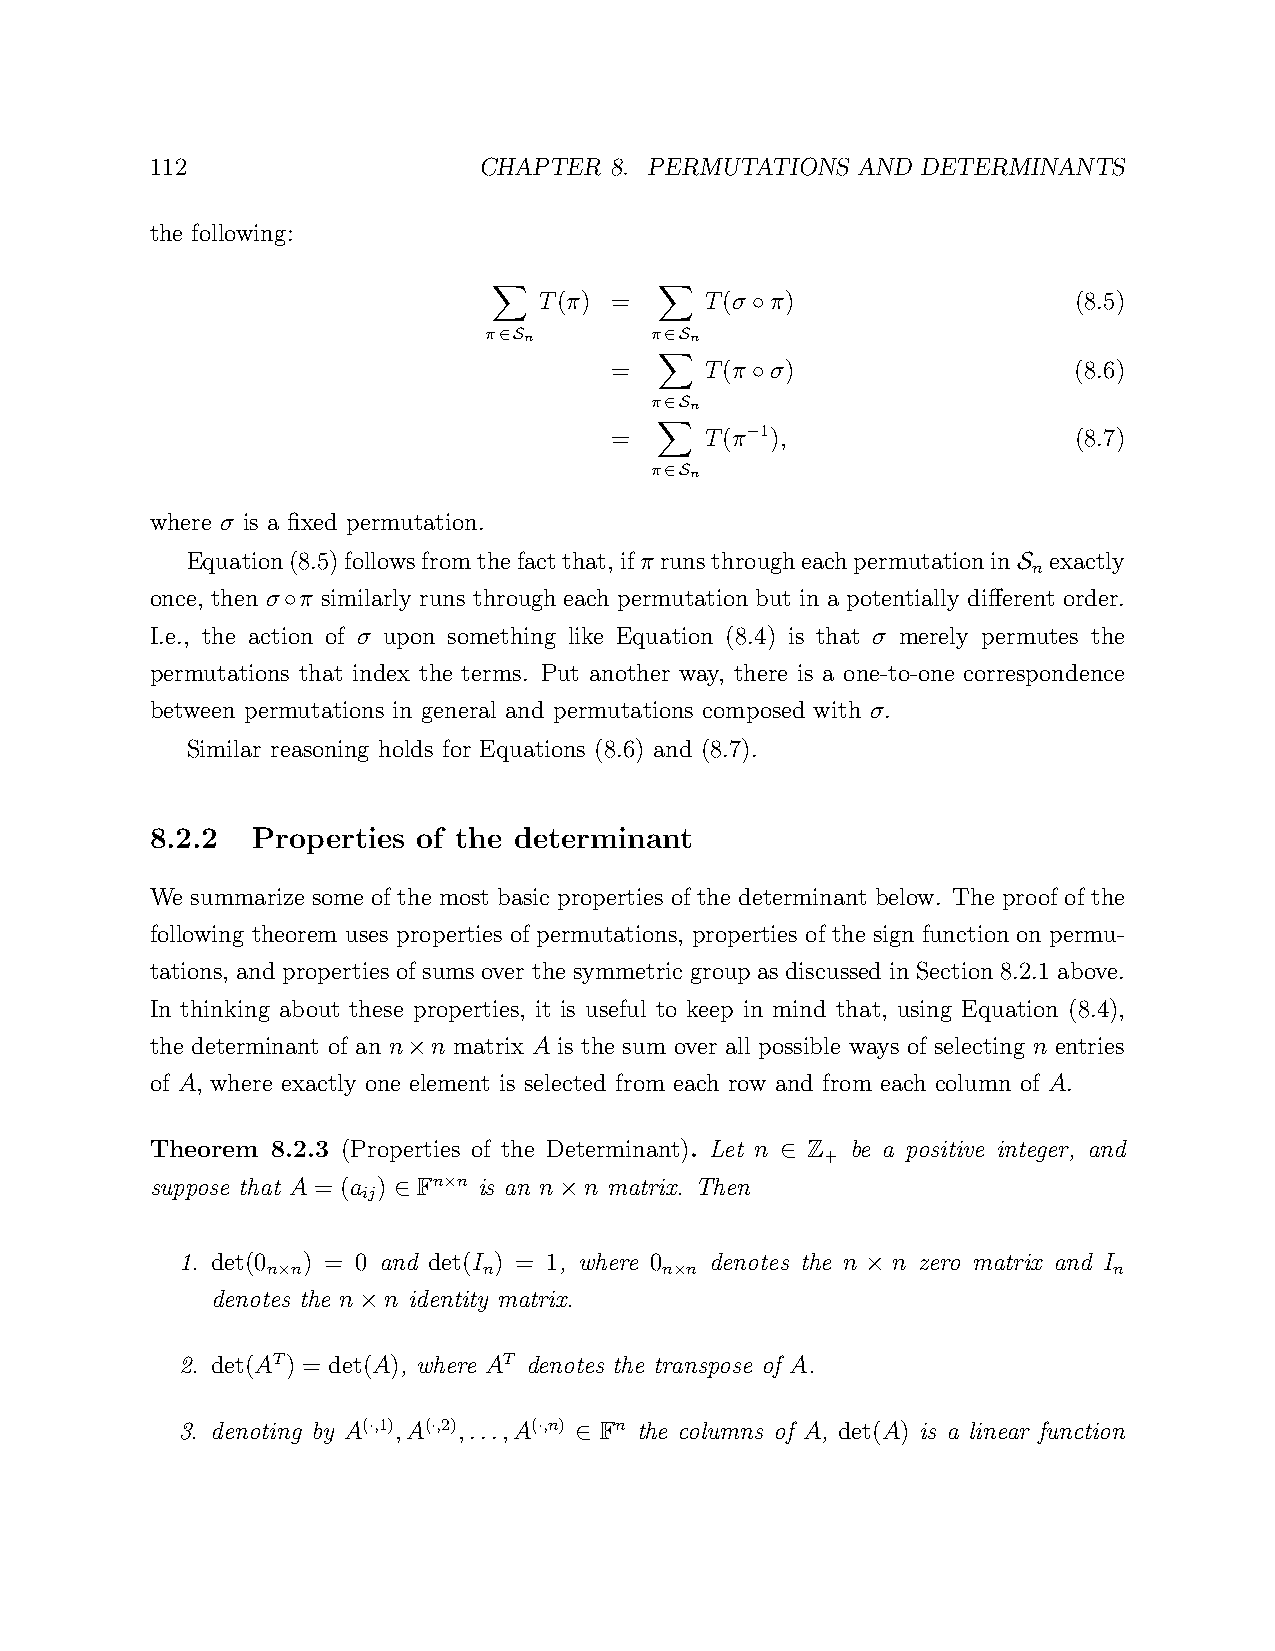
112                   CHAPTER 8. PERMUTATIONS  AND DETERMINANTS
 the following:
 T(π) =     T(σ π)                  (8.5)
 ◦
 π  n       π  n
 X∈S        X∈S
 =      T(π σ)                  (8.6)
 ◦
 π X∈Sn
 =      T(π 1),                 (8.7)
 −
 π X∈Sn
 where σ is a fixed permutation.
 Equation(8.5)followsfromthefactthat,ifπ runsthrougheachpermutationin exactly
 n
 S
 once, then σ π similarly runs through each permutation but in a potentially different order.
 ◦
 I.e., the action of σ upon something like Equation (8.4) is that σ merely permutes the
 permutations that index the terms. Put another way, there is a one-to-one correspondence
 between permutations in general and permutations composed with σ.
 Similar reasoning holds for Equations (8.6) and (8.7).
 8.2.2  Properties of the determinant
 We summarize some of the most basic properties of the determinant below. The proof of the
 following theorem uses properties of permutations, properties of the sign function on permu-
 tations, and properties of sums over the symmetric group as discussed in Section 8.2.1 above.
 In thinking about these properties, it is useful to keep in mind that, using Equation (8.4),
 the determinant of an n n matrix A is the sum over all possible ways of selecting n entries
 ×
 of A, where exactly one element is selected from each row and from each column of A.
 Theorem 8.2.3 (Properties of the Determinant). Let n Z be a positive integer, and
 +
 ∈
 suppose that A = (a ) Fn n is an n n matrix. Then
 ij   ×
 ∈          ×
 1. det(0 ) = 0 and det(I ) = 1, where 0 denotes the n n zero matrix and I
 n n           n           n n                           n
 ×                          ×           ×
 denotes the n n identity matrix.
 ×
 2. det(AT) = det(A), where AT denotes the transpose of A.
 3. denoting by A(,1),A(,2),...,A(,n) Fn the columns of A, det(A) is a linear function
 ·    ·      ·
 ∈